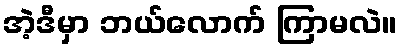
အဲ့ဒီမှာ ဘယ်လောက် ကြာမလဲ။